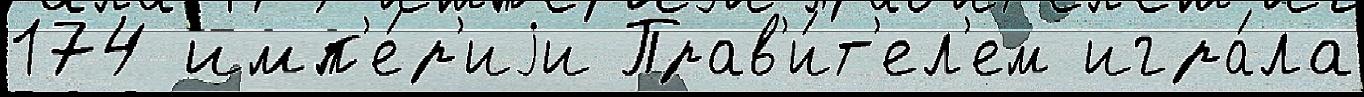
174 имп'е́р'иjи Прав'и́т'ел'ем игра́ла